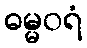
ဓမ္မဝရံ